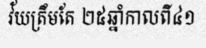
វ័យត្រឹមតែ ២៥ឆ្នាំកាលពី៤១